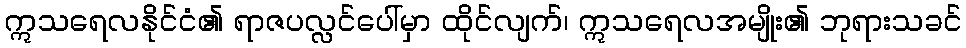
ဣသရေလနိုင်ငံ၏ ရာဇပလ္လင်ပေါ်မှာ ထိုင်လျက်၊ ဣသရေလအမျိုး၏ ဘုရားသခင်